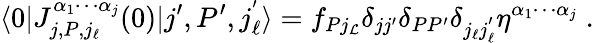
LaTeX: \langle0|J_{j,P,j_{\ell}}^{\alpha_{1}\cdots\alpha_{j}}(0)|j^{\prime},P^{\prime},j_{\ell}^{'}\rangle=f_{Pj_{\mathcal{L}}}\delta_{jj^{\prime}}\delta_{PP^{\prime}}\delta_{j_{\ell}j_{\ell}^{'}}\eta^{\alpha_{1}\cdots\alpha_{j}}\; .